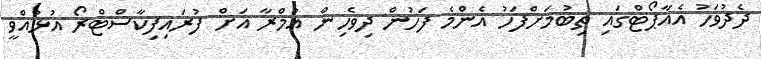
ދެދުވަހު އެއާޕޯޓްގައި ތިބުމަށްފަހު އެންމެ ފަހުން ދިވެހިން އުމްރާ އަށް ފުރައިފިކާސްޓްރޯ އުޅުއްވީ